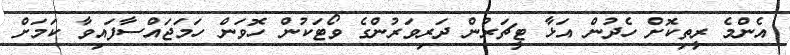
އެންމެ ރީތިކޮށް ހެދުން އަޅާ ޓީޗަރުން ދަރިވަރުންގެ ވޯޓަކުން ހޮވަން ހަމަޖައްސާފައިވާ ކަމަށް